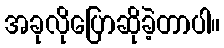
အခုလိုပြောဆိုခဲ့တာပါ။